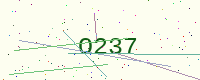
Text: O237